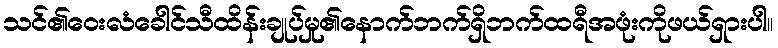
သင်၏ဝေးလံခေါင်သီထိန်းချုပ်မှု၏နောက်ဘက်ရှိဘက်ထရီအဖုံးကိုဖယ်ရှားပါ။